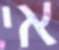
אי